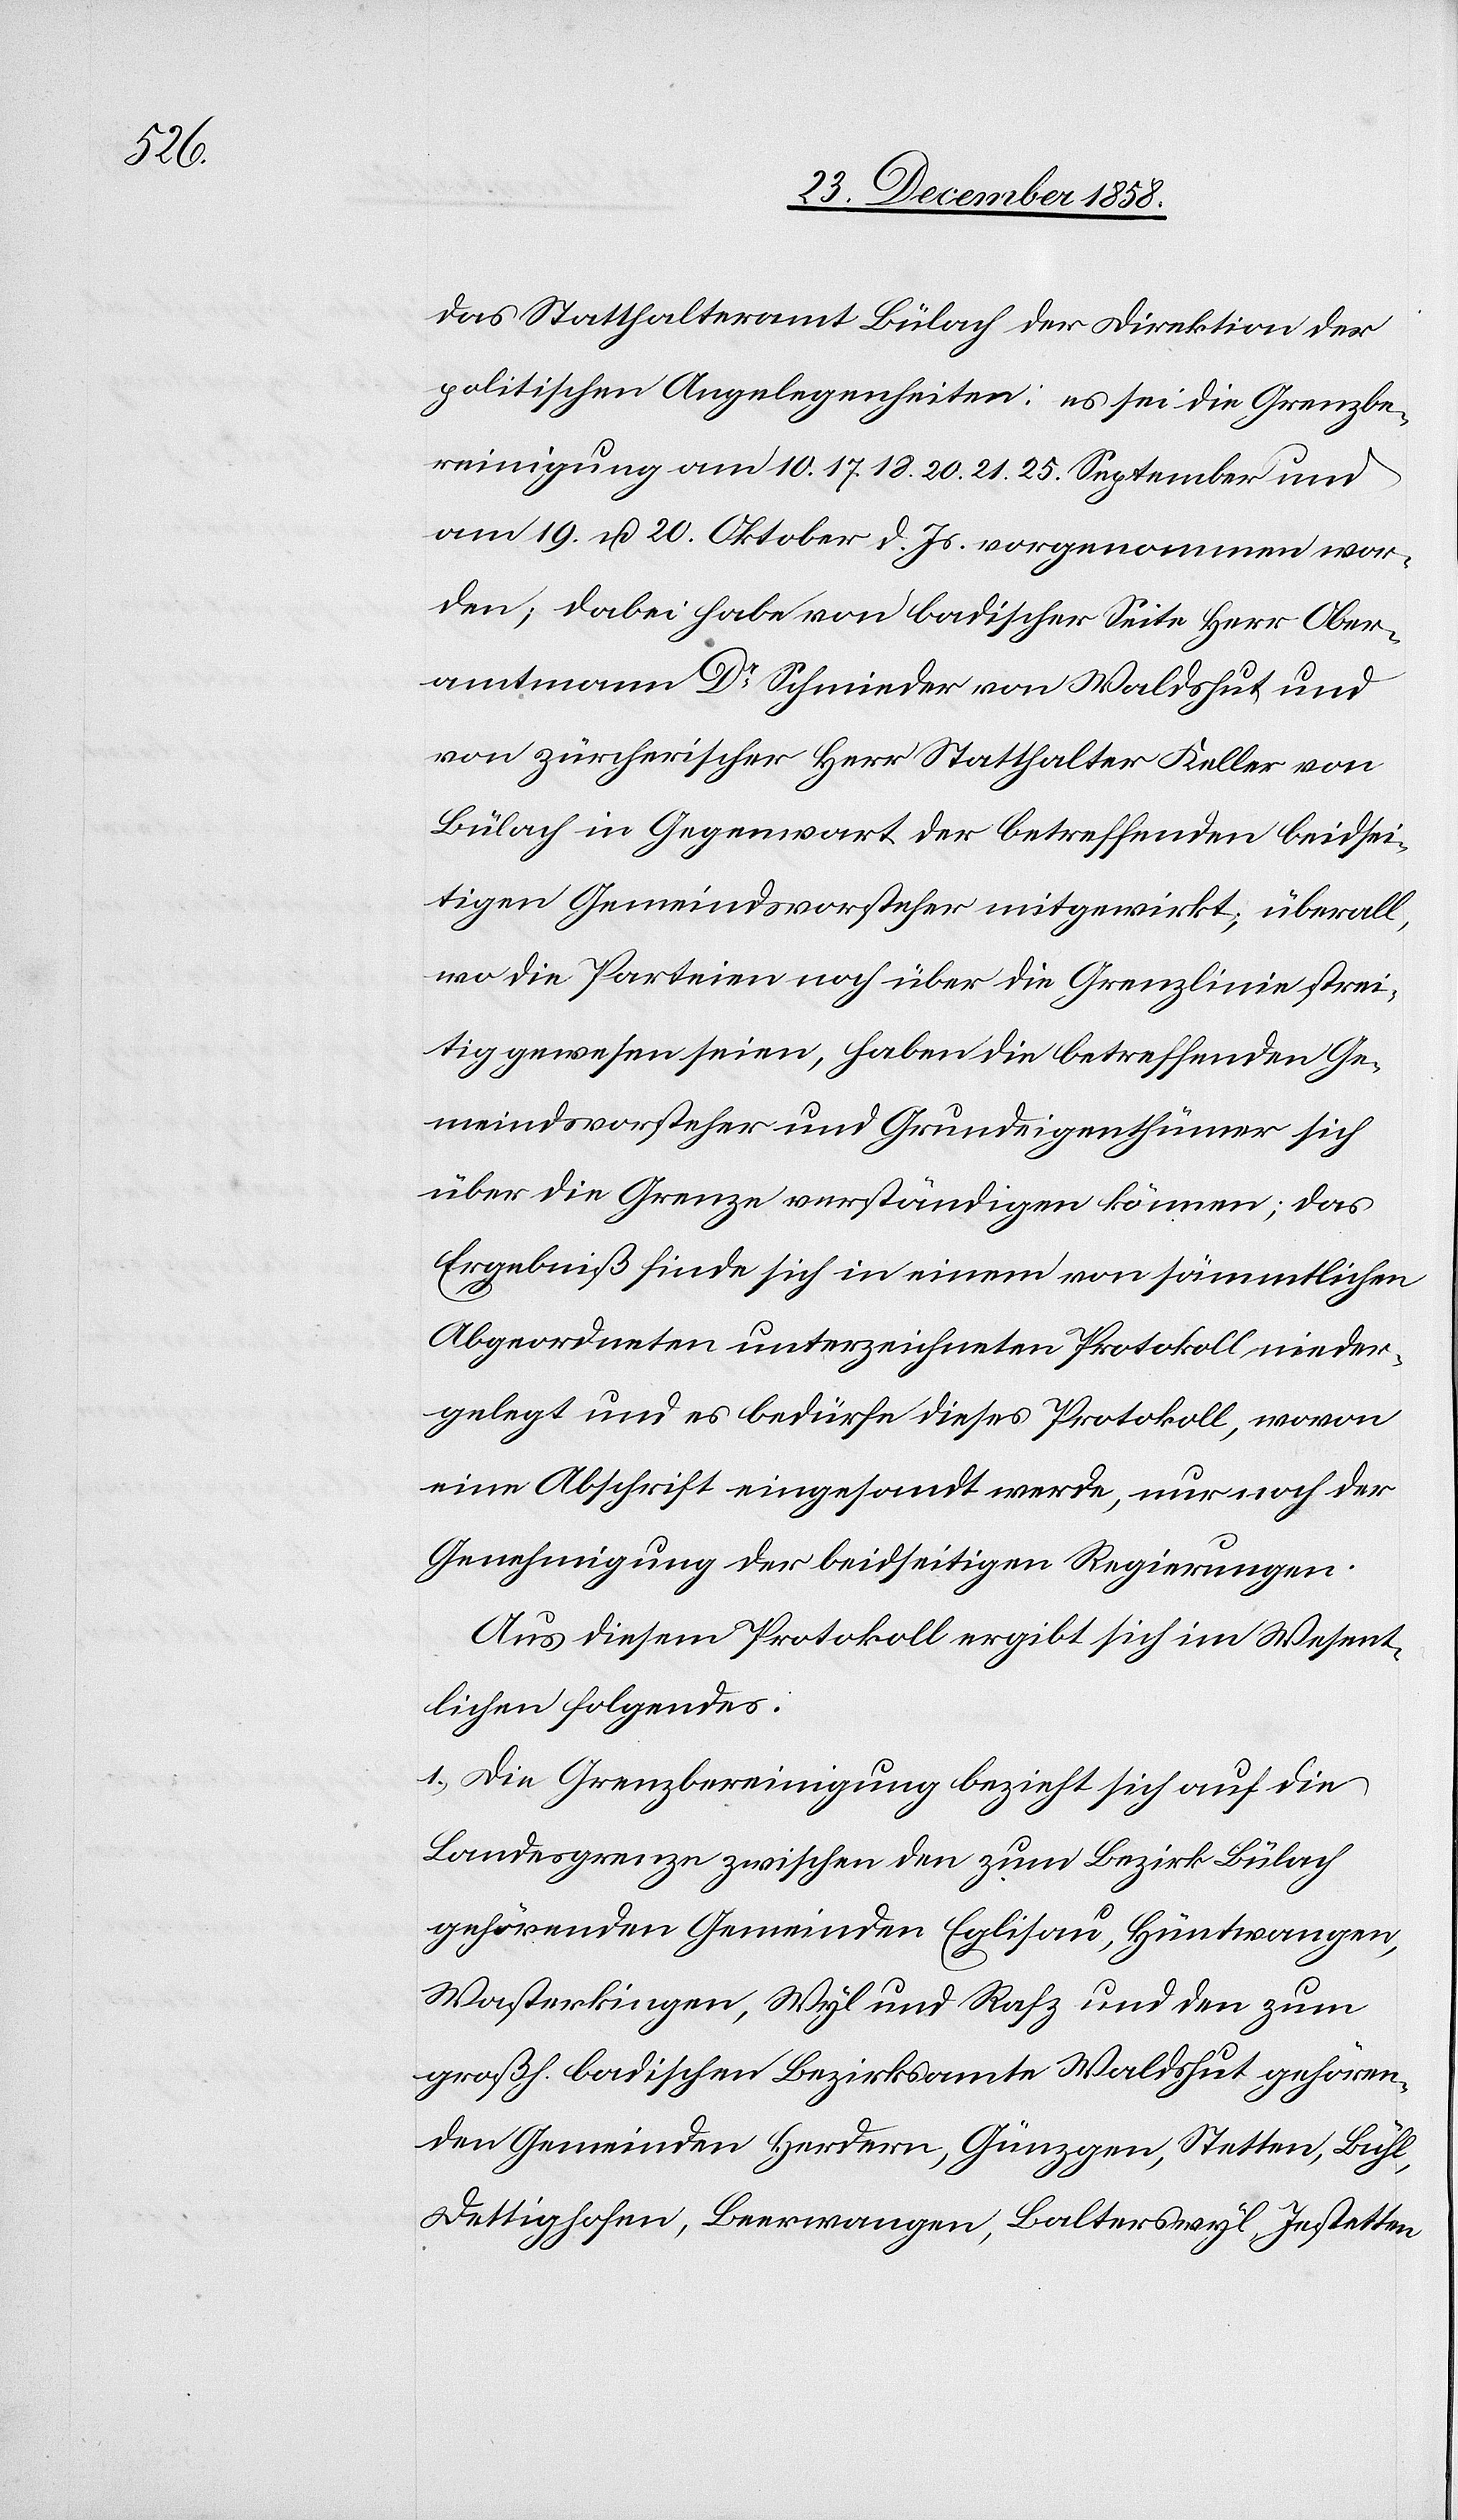
das Statthalteramt Bülach der Direktion der
politischen Angelegenheiten: es sei die Grenzbe¬
reinigung am 10. 17. 18. 20. 21. 25. September und
am 19. u. 20. Oktober d. Js. vorgenommen wor¬
den; dabei habe von badischer Seite Herr Ober¬
amtmann Dr Schmieder von Waldshut und
von zürcherischer Herr Statthalter Keller von
Bülach in Gegenwart der betreffenden beidsei¬
tigen Gemeindsvorsteher mitgewirkt; überall,
wo die Parteien noch über die Grenzlinie strei¬
tig gewesen seien, haben die betreffenden Ge¬
meindsvorsteher und Grundeigenthümer sich
über die Grenze verständigen können; das
Ergebniß finde sich in einem von sämmtlichen
Abgeordneten unterzeichneten Protokoll nieder¬
gelegt und es bedürfe dieses Protokoll, wovon
eine Abschrift eingesandt werde, nur noch der
Genehmigung der beidseitigen Regierungen.
Aus diesem Protokoll ergibt sich im Wesent¬
lichen folgendes:
1.) Die Grenzbereinigung bezieht sich auf die
Landesgrenze zwischen den zum Bezirk Bülach
gehörenden Gemeinden Eglisau, Hüntwangen,
Wasterkingen, Wyl und Rafz und den zum
großh. badischen Bezirksamte Waldshut gehören¬
den Gemeinden Herdern, Günzgen, Stetten, Bühl,
Dettighofen, Beerwangen, Balterswyl, Jestetten